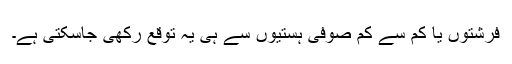
فرشتوں یا کم سے کم صوفی ہستیوں سے ہی یہ توقع رکھی جاسکتی ہے۔